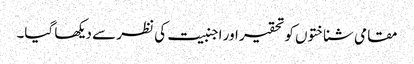
مقامی شناختوں کو تحقیر اور اجنبیت کی نظر سے دیکھا گیا۔